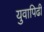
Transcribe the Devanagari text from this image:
युवापिढी